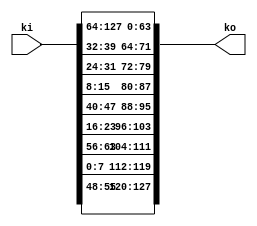
/*
 Designer: Mustafa Khairallah
 Nanyang Technological University
 Singapore
 Date: July, 2021
 */

/* 
 TK1 Key expansion corresponding to the 
 counter in Romulus. 
 */
module cnt_expansion (/*AUTOARG*/
   // Outputs
   ko,
   // Inputs
   ki
   ) ;
   output [127:0] ko;
   input  [127:0] ki;

   wire [127:0]   kp;

   assign kp[127:120] = ki[ 55: 48];
   assign kp[119:112] = ki[  7:  0];
   assign kp[111:104] = ki[ 63: 56];
   assign kp[103: 96] = ki[ 23: 16];
   assign kp[ 95: 88] = ki[ 47: 40];
   assign kp[ 87: 80] = ki[ 15:  8];
   assign kp[ 79: 72] = ki[ 31: 24];
   assign kp[ 71: 64] = ki[ 39: 32];
   assign kp[ 63: 56] = ki[127:120];
   assign kp[ 55: 48] = ki[119:112];
   assign kp[ 47: 40] = ki[111:104];
   assign kp[ 39: 32] = ki[103: 96];
   assign kp[ 31: 24] = ki[ 95: 88];
   assign kp[ 23: 16] = ki[ 87: 80];
   assign kp[ 15:  8] = ki[ 79: 72];
   assign kp[  7:  0] = ki[ 71: 64];

   assign ko = kp;
   
endmodule // cnt_expansion